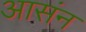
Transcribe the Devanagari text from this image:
आसंन